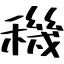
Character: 穖